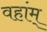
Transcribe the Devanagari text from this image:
वहांम्